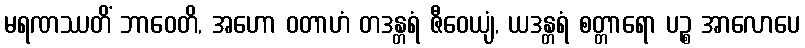
မရဏဿတိံ ဘာဝေတိ, အဟော ဝတာဟံ တဒန္တရံ ဇီဝေယျံ, ယဒန္တရံ စတ္တာရော ပဉ္စ အာလောပေ